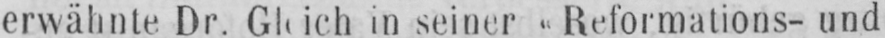
in seiner «Reformations- und